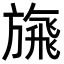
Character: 𩙴